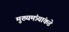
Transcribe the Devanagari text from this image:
मुख्यमंत्र्यांकडे